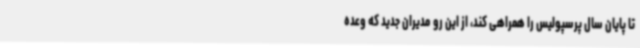
تا پایان سال پرسپولیس را همراهی کند، از این رو مدیران جدید که وعده